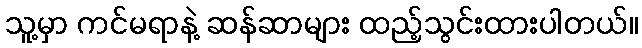
သူ့မှာ ကင်မရာနဲ့ ဆန်ဆာများ ထည့်သွင်းထားပါတယ်။